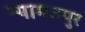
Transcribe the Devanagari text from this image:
न्यामतपुर